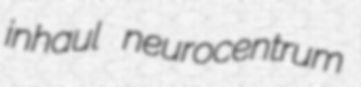
inhaul neurocentrum